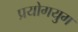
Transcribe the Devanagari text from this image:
प्रयोगयुग